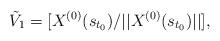
LaTeX: \begin{align*}\tilde{V}_{1} = [X^{(0)}(s_{t_{0}})/ ||X^{(0)}(s_{t_{0}})||],\end{align*}